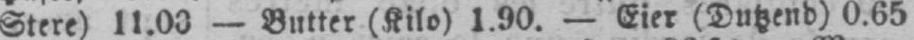
Stere) 11.00 - Butter (Kilo) 1.90. - Eier (Dutzend) 0.65